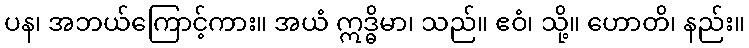
ပန၊ အဘယ်ကြောင့်ကား။ အယံ ဣဒ္ဓိမာ၊ သည်။ ဧဝံ၊ သို့။ ဟောတိ၊ နည်း။